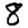
Digit: 8